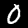
Digit: 0